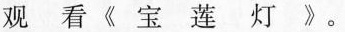
观 看《宝 莲 灯》